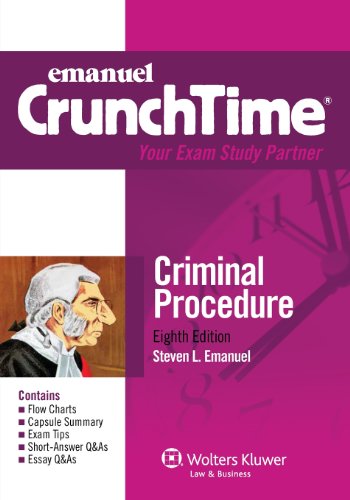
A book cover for CrunchTime: Criminal Procedure, Eighth Edition; Steven L. Emanuel; Law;